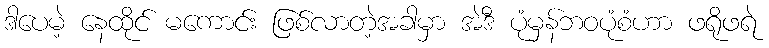
ဒါပေမဲ့ နေထိုင် မကောင်း ဖြစ်လာတဲ့အခါမှာ အဲဒီ ပုံမှန်ဘဝပုံစံဟာ ဖရိုဖရဲ